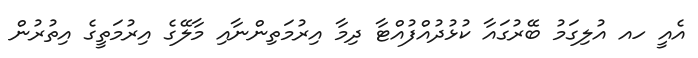
އެއީ ހއ އުލިގަމު ބޭރުގައާ ކުޅުދުއްފުއްޓާ ދިމާ އިރުމަތިންނާއި މާލޭގެ އިރުމަތީގެ އިތުރުން